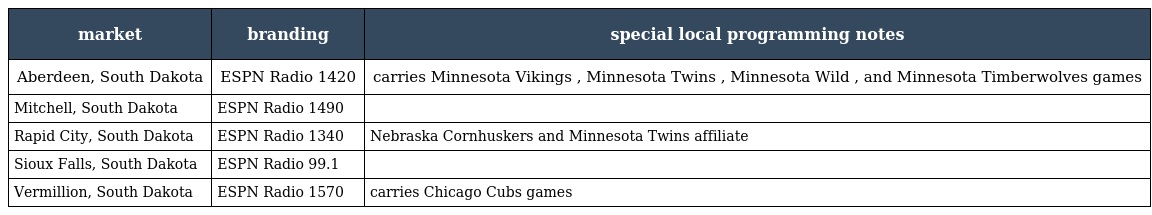
| market | branding | special local programming notes |
 | --- | --- | --- |
 | Aberdeen, South Dakota | ESPN Radio 1420 | carries Minnesota Vikings , Minnesota Twins , Minnesota Wild , and Minnesota Timberwolves games |
 | Mitchell, South Dakota | ESPN Radio 1490 |  |
 | Rapid City, South Dakota | ESPN Radio 1340 | Nebraska Cornhuskers and Minnesota Twins affiliate |
 | Sioux Falls, South Dakota | ESPN Radio 99.1 |  |
 | Vermillion, South Dakota | ESPN Radio 1570 | carries Chicago Cubs games |